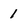
Character: 1